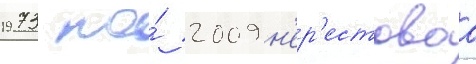
1973 по́ 2009 н'ер'естоваа